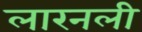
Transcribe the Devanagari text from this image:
लारनली